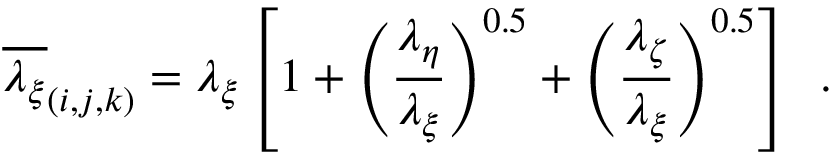
\overline { { \lambda _ { \xi } } } _ { ( i , j , k ) } = \lambda _ { \xi } \left[ 1 + \left( \frac { \lambda _ { \eta } } { \lambda _ { \xi } } \right) ^ { 0 . 5 } + \left( \frac { \lambda _ { \zeta } } { \lambda _ { \xi } } \right) ^ { 0 . 5 } \right] \, \mathrm { ~ . ~ }